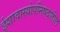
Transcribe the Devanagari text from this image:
ईशावास्योपनिषदातील